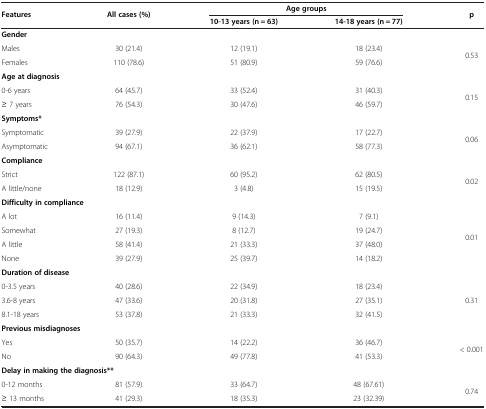
<table><thead><tr><td rowspan="2"><b>Features</b></td><td rowspan="2"><b>All cases (%)</b></td><td colspan="2"><b>Age groups</b></td><td rowspan="2"><b>p</b></td></tr><tr><td><b>10-13 years (n = 63)</b></td><td><b>14-18 years (n = 77)</b></td></tr></thead><tbody><tr><td colspan="5"><b>Gender</b></td></tr><tr><td>Males</td><td>30 (21.4)</td><td>12 (19.1)</td><td>18 (23.4)</td><td rowspan="2">0.53</td></tr><tr><td>Females</td><td>110 (78.6)</td><td>51 (80.9)</td><td>59 (76.6)</td></tr><tr><td colspan="5"><b>Age at diagnosis</b></td></tr><tr><td>0-6 years</td><td>64 (45.7)</td><td>33 (52.4)</td><td>31 (40.3)</td><td rowspan="2">0.15</td></tr><tr><td>≥ 7 years</td><td>76 (54.3)</td><td>30 (47.6)</td><td>46 (59.7)</td></tr><tr><td colspan="5"><b>Symptoms*</b></td></tr><tr><td>Symptomatic</td><td>39 (27.9)</td><td>22 (37.9)</td><td>17 (22.7)</td><td rowspan="2">0.06</td></tr><tr><td>Asymptomatic</td><td>94 (67.1)</td><td>36 (62.1)</td><td>58 (77.3)</td></tr><tr><td colspan="5"><b>Compliance</b></td></tr><tr><td>Strict</td><td>122 (87.1)</td><td>60 (95.2)</td><td>62 (80.5)</td><td rowspan="2">0.02</td></tr><tr><td>A little/none</td><td>18 (12.9)</td><td>3 (4.8)</td><td>15 (19.5)</td></tr><tr><td colspan="5"><b>Difficulty in compliance</b></td></tr><tr><td>A lot</td><td>16 (11.4)</td><td>9 (14.3)</td><td>7 (9.1)</td><td rowspan="4">0.01</td></tr><tr><td>Somewhat</td><td>27 (19.3)</td><td>8 (12.7)</td><td>19 (24.7)</td></tr><tr><td>A little</td><td>58 (41.4)</td><td>21 (33.3)</td><td>37 (48.0)</td></tr><tr><td>None</td><td>39 (27.9)</td><td>25 (39.7)</td><td>14 (18.2)</td></tr><tr><td colspan="5"><b>Duration of disease</b></td></tr><tr><td>0-3.5 years</td><td>40 (28.6)</td><td>22 (34.9)</td><td>18 (23.4)</td><td rowspan="3">0.31</td></tr><tr><td>3.6-8 years</td><td>47 (33.6)</td><td>20 (31.8)</td><td>27 (35.1)</td></tr><tr><td>8.1-18 years</td><td>53 (37.8)</td><td>21 (33.3)</td><td>32 (41.5)</td></tr><tr><td colspan="5"><b>Previous misdiagnoses</b></td></tr><tr><td>Yes</td><td>50 (35.7)</td><td>14 (22.2)</td><td>36 (46.7)</td><td rowspan="2">&lt; 0.001</td></tr><tr><td>No</td><td>90 (64.3)</td><td>49 (77.8)</td><td>41 (53.3)</td></tr><tr><td colspan="5"><b>Delay in making the diagnosis**</b></td></tr><tr><td>0-12 months</td><td>81 (57.9)</td><td>33 (64.7)</td><td>48 (67.61)</td><td rowspan="2">0.74</td></tr><tr><td>≥ 13 months</td><td>41 (29.3)</td><td>18 (35.3)</td><td>23 (32.39)</td></tr></tbody></table>